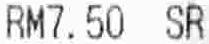
RM7.50 SR